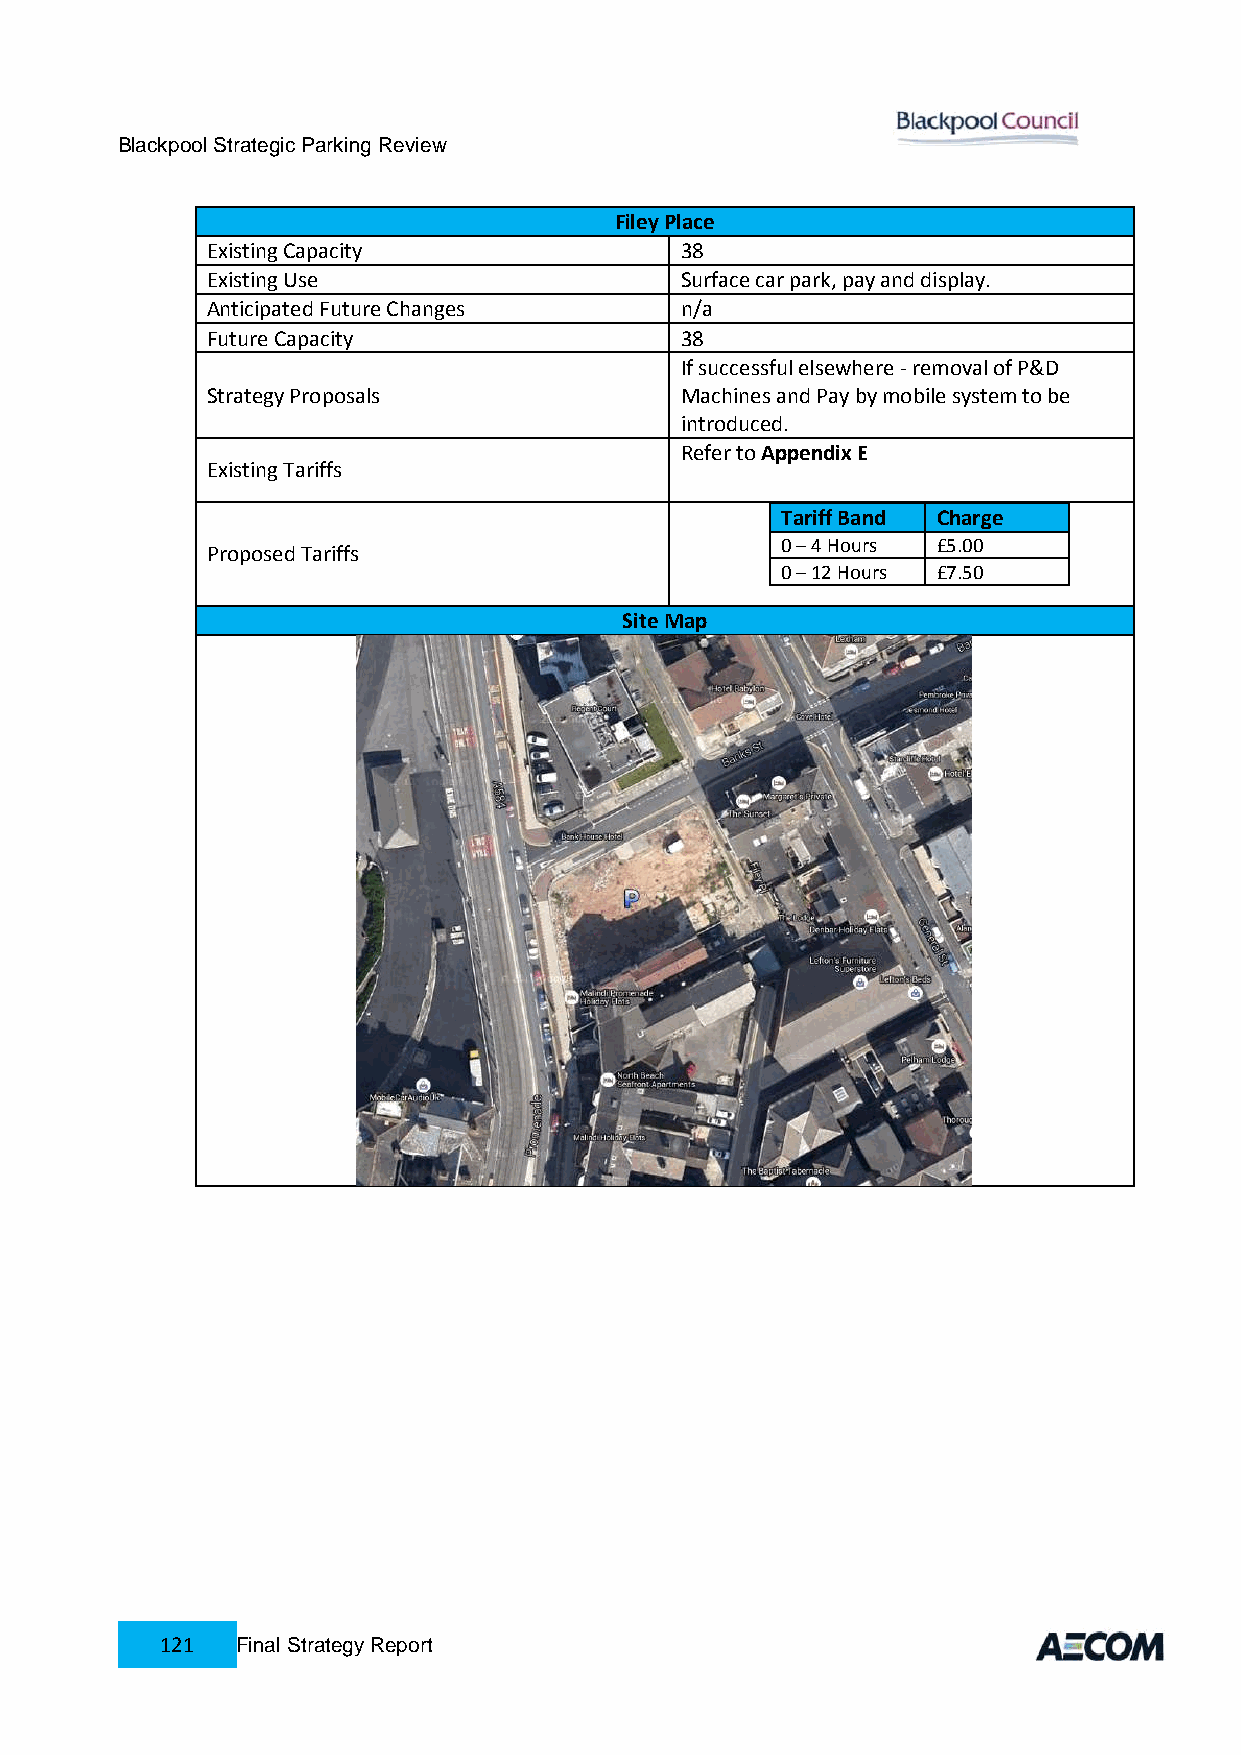
Blackpool Strategic Parking Review
 Filey Place
 Existing Capacity              38
 Existing Use                   Surface car park, pay and display.
 Anticipated Future Changes     n/a
 Future Capacity                38
 If successful elsewhere - removal of P&D
 Strategy Proposals             Machines and Pay by mobile system to be
 introduced.
 Refer to Appendix E
 Existing Tariffs
 Tariff Band Charge
 0 – 4 Hours £5.00
 Proposed Tariffs
 0 – 12 Hours £7.50
 Site Map
 121  Final Strategy Report